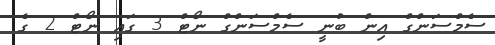
ސެމްސަންގް އިން ބުނީ ސެމްސަންގް ނޯޓް 3 ގައި ނޯޓް 2 ގެ